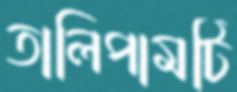
তালিপামটি